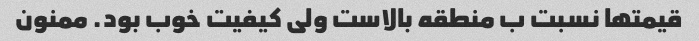
قیمتها نسبت ب منطقه بالاست ولی کیفیت خوب بود. ممنون